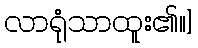
လာရုံသာထူး၏။]